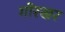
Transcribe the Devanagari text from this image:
गोरखर